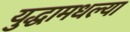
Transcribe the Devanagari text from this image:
युद्धामधल्या